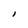
Character: I